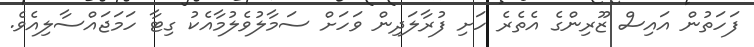
ފަހަތުން އައިސް ޒޫރިންގެ އެތެރެ ހަށި ފުރާލަދިން ވަހަށް ސަމާލުވެލުމާއެކު ގިޓާ ހަމަޖައްސާލިއެވެ.